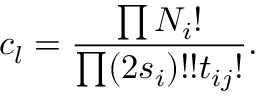
c _ { l } = \frac { \prod N _ { i } ! } { \prod ( 2 s _ { i } ) ! ! t _ { i j } ! } .